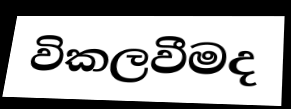
විකලවීමද